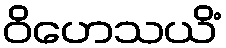
ဝိဟေသယိံ